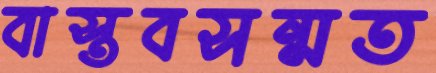
বাস্তবসন্মত